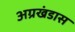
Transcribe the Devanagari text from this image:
अग्रखंडास